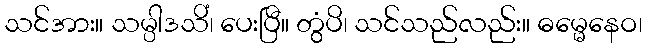
သင်အား။ သမ္ပါဒသိံ၊ ပေးပြီ။ တွံပိ၊ သင်သည်လည်း။ ဓမ္မေနေဝ၊